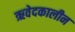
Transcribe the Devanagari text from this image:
ऋवेदकालीन